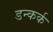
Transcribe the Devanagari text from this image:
डन्कर्क